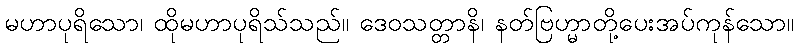
မဟာပုရိသော၊ ထိုမဟာပုရိသ်သည်။ ဒေဝသတ္တာနိ၊ နတ်ဗြဟ္မာတို့ပေးအပ်ကုန်သော။